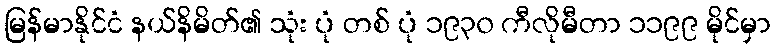
မြန်မာနိုင်ငံ နယ်နိမိတ်၏ သုံး ပုံ တစ် ပုံ ၁၉၃၀ ကီလိုမီတာ ၁၁၉၉ မိုင်မှာ